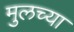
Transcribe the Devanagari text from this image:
मुलच्या